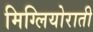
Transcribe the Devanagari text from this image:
मिग्लियोराती